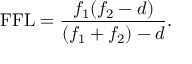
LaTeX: { \mathrm { F F L } } = { \frac { f _ { 1 } ( f _ { 2 } - d ) } { ( f _ { 1 } + f _ { 2 } ) - d } } .